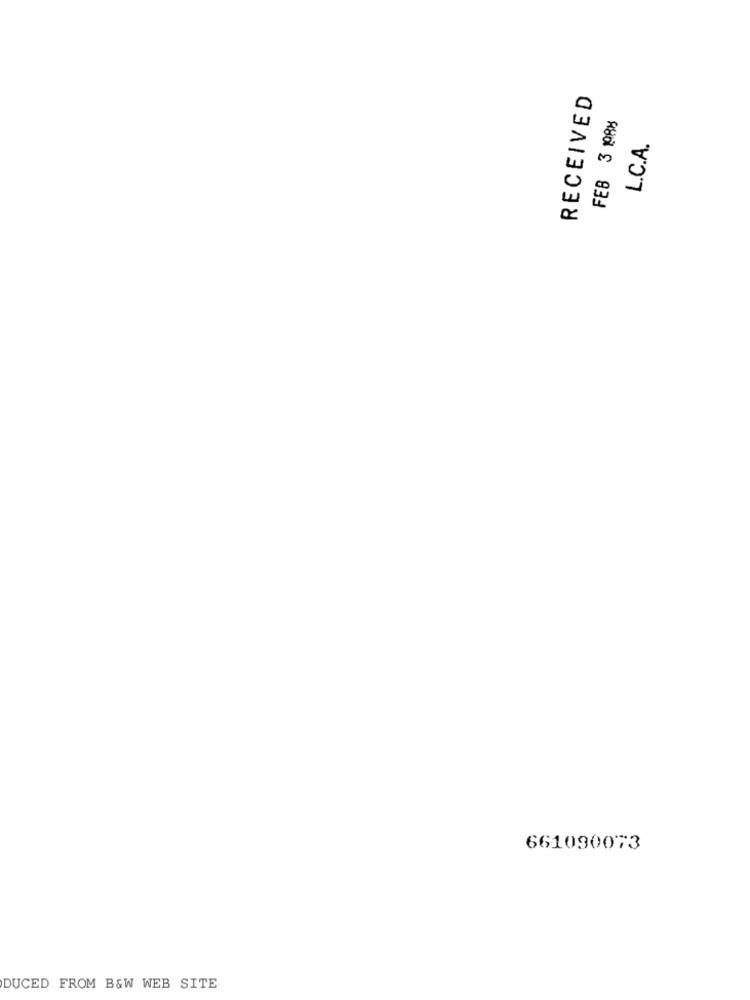
RECEIVED
FEB 3 1988
L.C.A.
661090073
DUCED FROM B&W WEB SITE